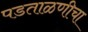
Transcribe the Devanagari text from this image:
पडताळणीचा